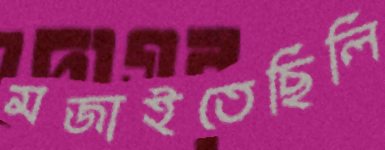
মজাইতেছিলি